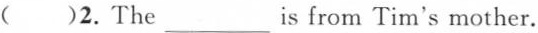
( )2.The ___ is from Tim's mother.